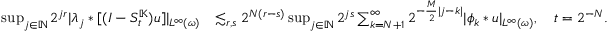
\begin{array} { r l } { \operatorname* { s u p } _ { j \in \mathbb { N } } 2 ^ { j r } | \lambda _ { j } \ast [ ( I - S _ { t } ^ { \mathbb { K } } ) u ] | _ { L ^ { \infty } ( \omega ) } } & { \lesssim _ { r , s } 2 ^ { N ( r - s ) } \operatorname* { s u p } _ { j \in \mathbb { N } } 2 ^ { j s } \sum _ { k = N + 1 } ^ { \infty } 2 ^ { - \frac { M } { 2 } | j - k | } | \phi _ { k } \ast u | _ { L ^ { \infty } ( \omega ) } , \quad t = 2 ^ { - N } . } \end{array}